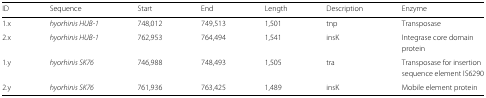
| ID | Sequence | Start | End | Length | Description | Enzyme |
 | --- | --- | --- | --- | --- | --- | --- |
 | 1.x | hyorhinis HUB-1 | 748,012 | 749,513 | 1,501 | tnp | Transposase |
 | 2.x | hyorhinis HUB-1 | 762,953 | 764,494 | 1,541 | insK | Integrase core domain |
 |  |  |  |  |  |  | protein |
 | 1.y | hyorhinis SK76 | 746,988 | 748,493 | 1,505 | tra | Transposase for insertion |
 |  |  |  |  |  |  | sequence element IS6290 |
 | 2.y | hyorhinis SK76 | 761,936 | 763,425 | 1,489 | insK | Mobile element protein |